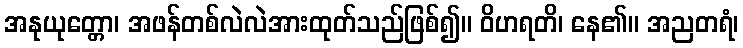
အနုယုတ္တော၊ အဖန်တစ်လဲလဲအားထုတ်သည်ဖြစ်၍။ ဝိဟရတိ၊ နေ၏။ အညတရံ၊